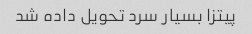
پیتزا بسیار سرد تحویل داده شد